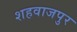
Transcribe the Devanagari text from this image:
शहवाजपुर